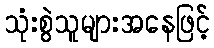
သုံးစွဲသူများအနေဖြင့်